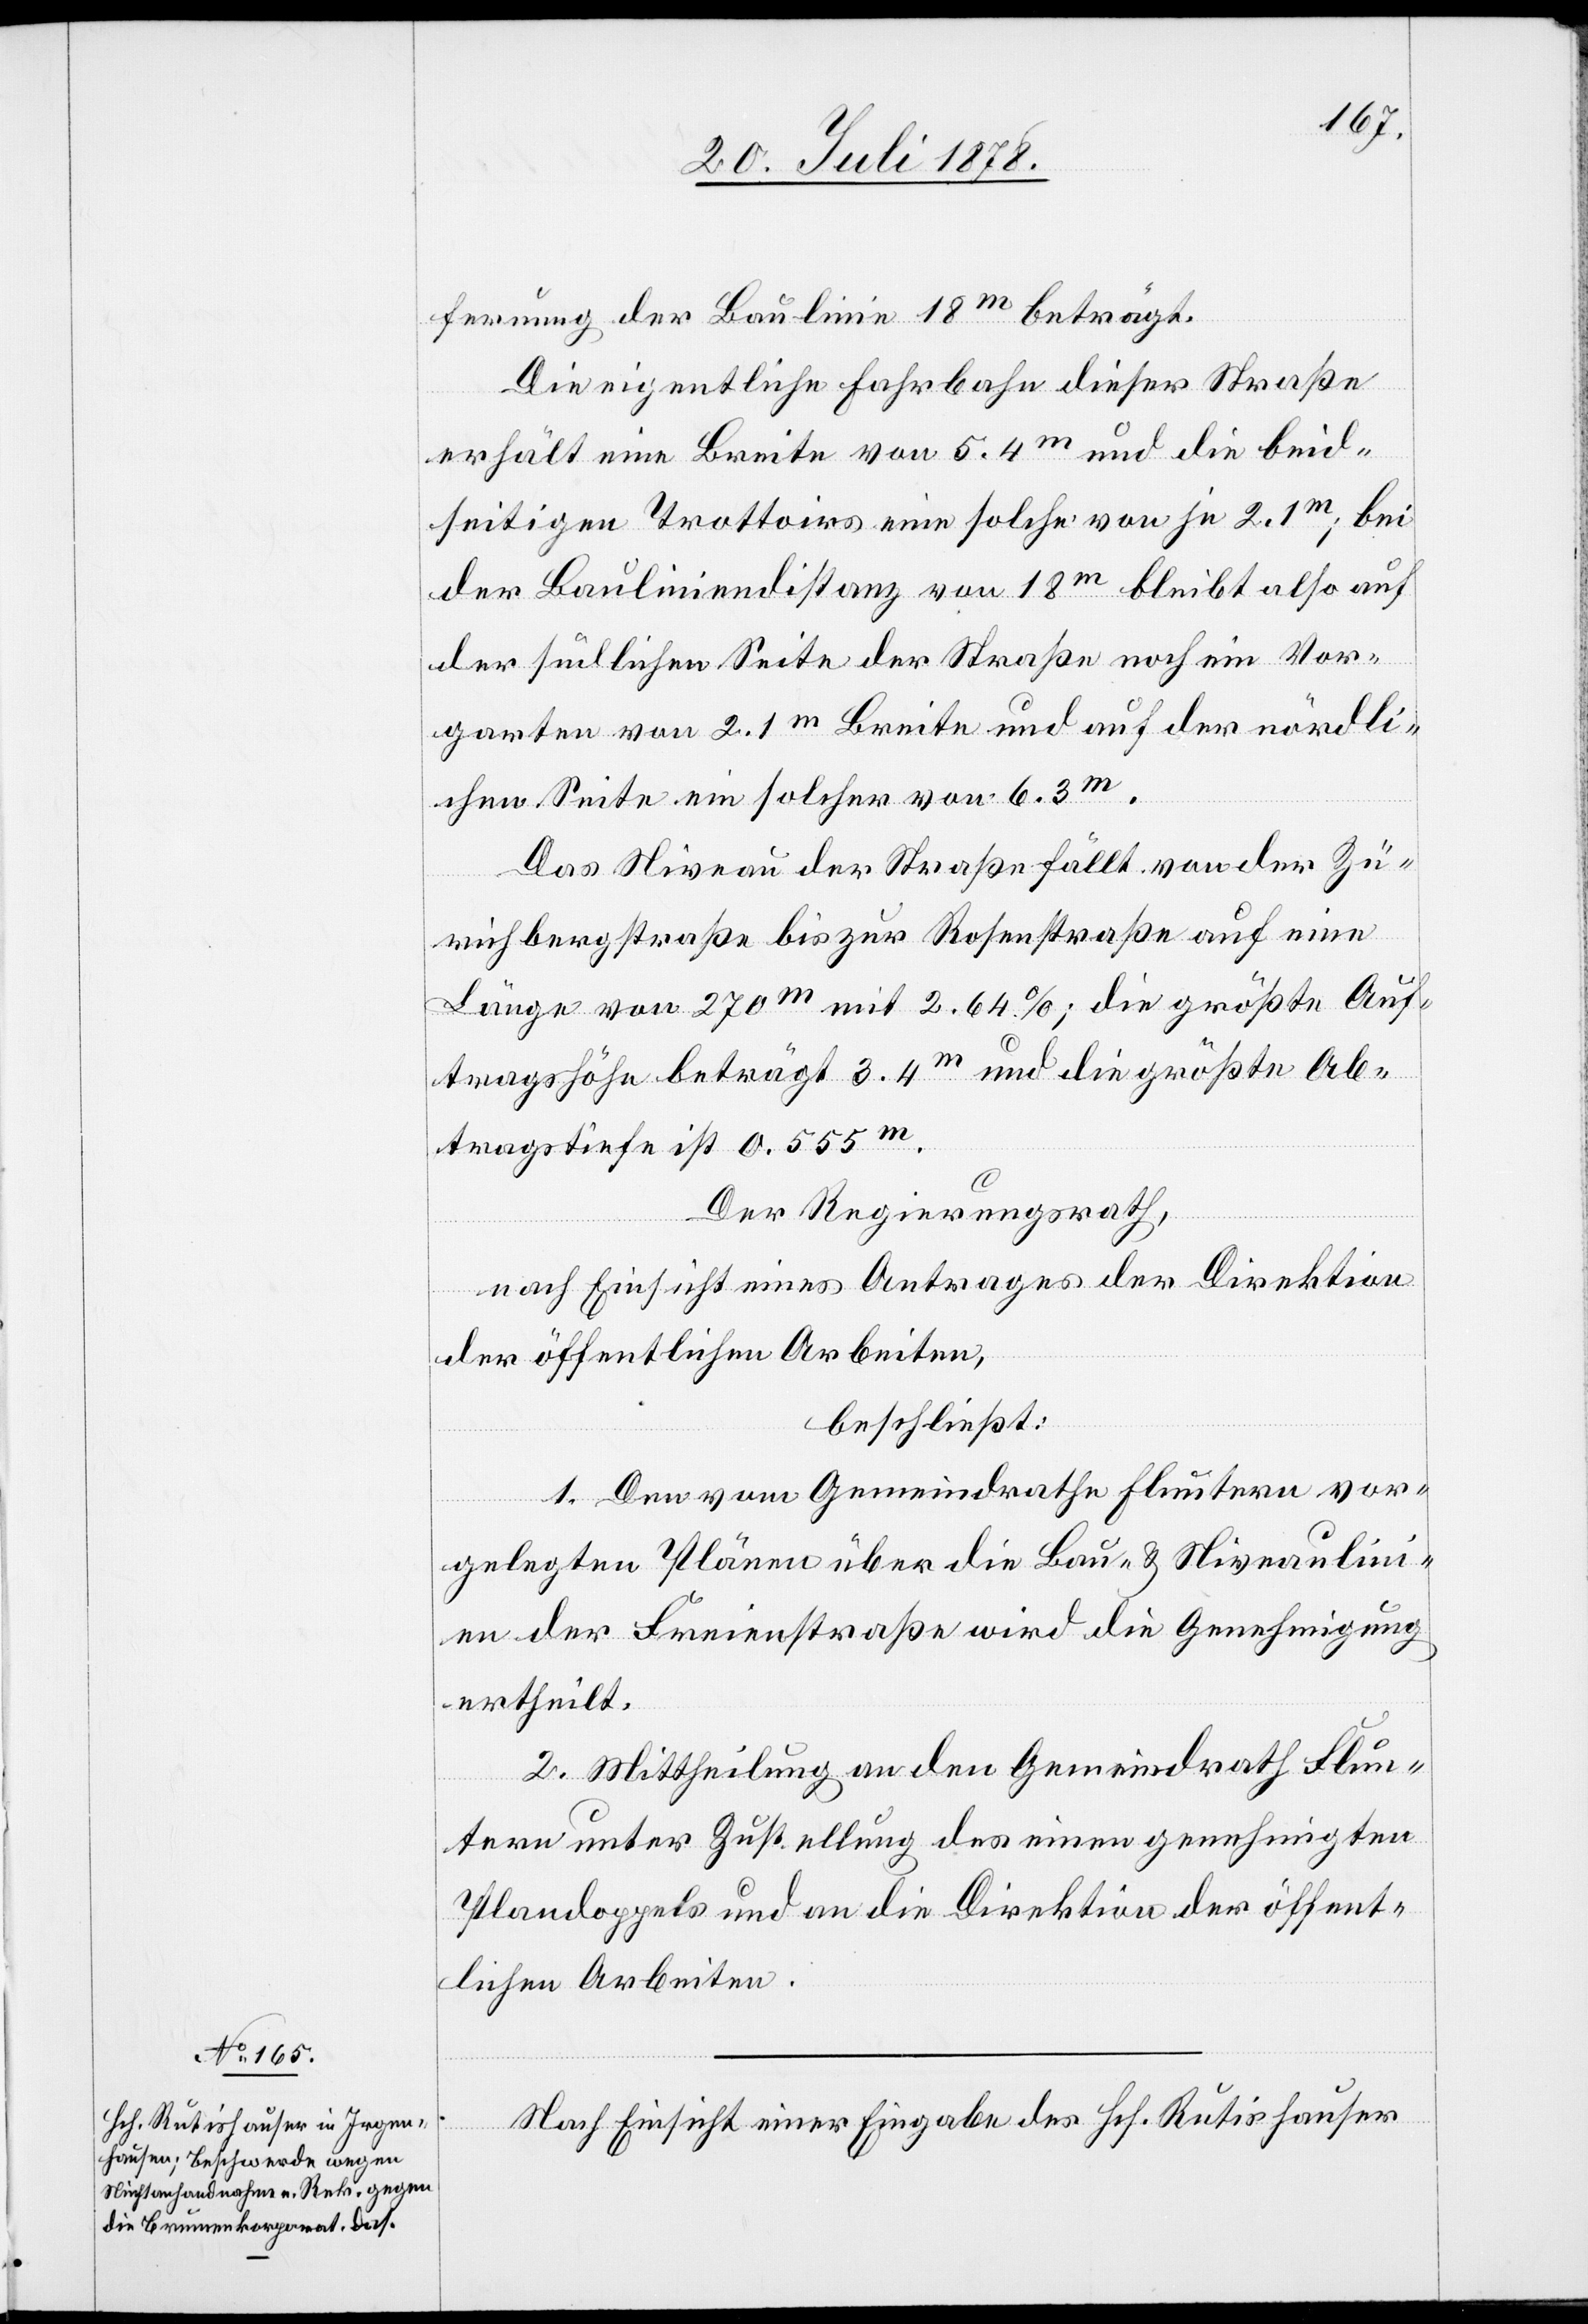
fernung der Baulinie 18m beträgt.
Die eigentliche Fahrbahn dieser Straße
erhält eine Breite von 5.4m und die beid¬
seitigen Trottoirs eine solche von je 2.1m; bei
der Bauliniendistanz von 18m bleibt also auf
der südlichen Seite der Straße noch ein Vor¬
garten von 2.1m Breite und auf der nördli¬
chen Seite ein solcher von 6.3m.
Das Niveau der Straße fällt von der Zü¬
richbergstraße bis zur Rosenstraße auf eine
Länge von 270m mit 2.64%; die größte Auf¬
tragshöhe beträgt 3.4m und die größte Ab¬
tragstiefe ist 0.555m.
Der Regierungsrath,
nach Einsicht eines Antrages der Direktion
der öffentlichen Arbeiten,
beschließt:
1. Den vom Gemeindrathe Fluntern vor¬
gelegten Plänen über die Bau- & Niveaulin¬
ien der Freienstraße wird die Genehmigung
ertheilt.
2. Mittheilung an den Gemeindrath Flun¬
tern unter Zustellung des einen genehmigten
Plandoppels und an die Direktion der öffent¬
lichen Arbeiten.
Nach Einsicht einer Eingabe des Hch. Rutishauser